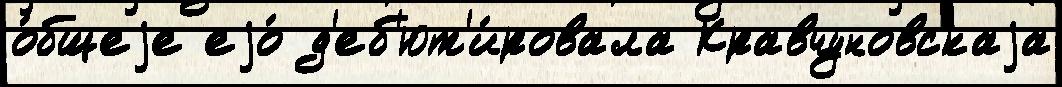
о́бщеjе еjо́ д'еб'ют'и́ровала Кравчуновскаjа